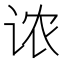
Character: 𫍦